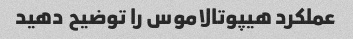
عملکرد هیپوتالاموس را توضیح دهید